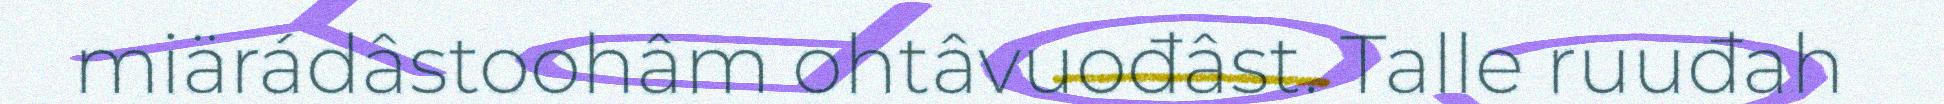
miärádâstoohâm ohtâvuođâst. Talle ruuđah